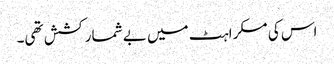
اس کی مسکراہٹ میں بے شمار کشش تھی۔